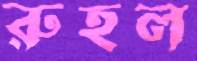
রুহল